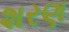
શરણ